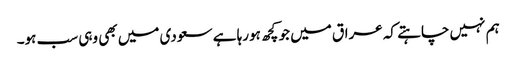
ہم نہیں چاہتے کہ عراق میں جو کچھ ہورہا ہے سعودی میں بھی وہی سب ہو۔